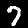
Label: 7